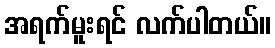
အရက်မူးရင် လက်ပါတယ်။